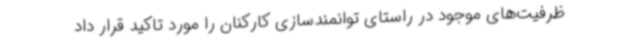
ظرفیت‌های موجود در راستای توانمندسازی کارکنان را مورد تاکید قرار داد